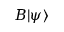
B | \psi \rangle